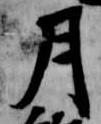
月